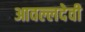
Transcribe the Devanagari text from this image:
आवल्लदेवी